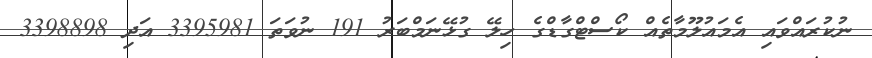
ނުކުރައްވައި އެމައުލޫމާތެއް ކޯސްޓްގާޑްގެ ހިލޭ ގުޅޭނަމްބަރު 191 ނުވަތަ 3395981 އަދި 3398898